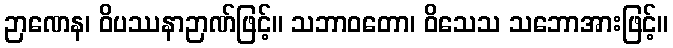
ဉာဏေန၊ ဝိပဿနာဉာဏ်ဖြင့်။ သဘာဝတော၊ ဝိသေသ သဘောအားဖြင့်။